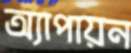
অ্যাপায়ন